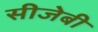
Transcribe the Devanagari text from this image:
सीजेबी